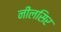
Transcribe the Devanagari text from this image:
नीलसिर